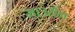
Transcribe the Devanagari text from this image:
माउरोंग